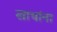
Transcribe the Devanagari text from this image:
खाचांना